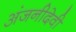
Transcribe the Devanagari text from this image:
अंजनीदेवी